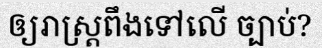
ឲ្យរាស្ត្រពឹងទៅលើ ច្បាប់?